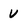
Character: V